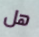
هل